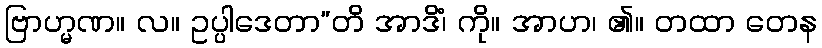
ဗြာဟ္မဏ။ လ။ ဥပ္ပါဒေတာ”တိ အာဒိံ၊ ကို။ အာဟ၊ ၏။ တထာ တေန